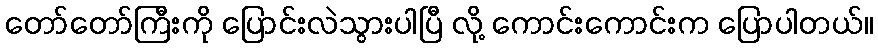
တော်တော်ကြီးကို ပြောင်းလဲသွားပါပြီ လို့ ကောင်းကောင်းက ပြောပါတယ်။